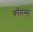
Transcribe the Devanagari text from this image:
कॉमन्‍स